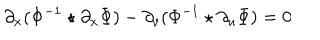
\partial _ { x } ( \Phi ^ { - 1 } \star \partial _ { x } \Phi ) - \partial _ { v } ( \Phi ^ { - 1 } \star \partial _ { u } \Phi ) = 0